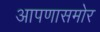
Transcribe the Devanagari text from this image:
आपणासमोर